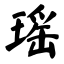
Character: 瑶